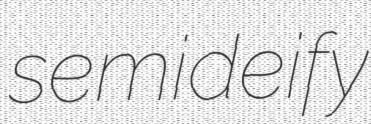
semideify